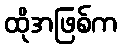
ထိုအဖြစ်က